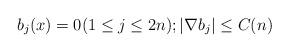
LaTeX: \begin{align*}b_j(x) = 0(1\leq j\leq 2n); |\nabla b_j|\leq C(n)\end{align*}